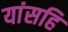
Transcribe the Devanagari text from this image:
यांसहि